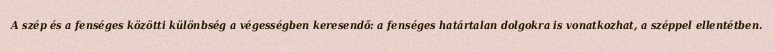
A szép és a fenséges közötti különbség a végességben keresendő: a fenséges határtalan dolgokra is vonatkozhat, a széppel ellentétben.